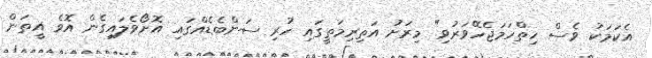
އެކަމަކު ވެސް ހިތްހަމަޖެހޭވަރުވި" މިރަށު އަތިރިމަތީގައި ހުރި ސަންބެޑެއްގައި އޮށޯވެލައިގެން އޮވެ އީތަން